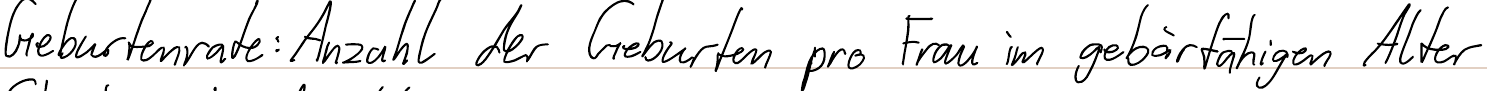
Geburtenrate: Anzahl der Geburten pro Frau im gebärfähigen Alter